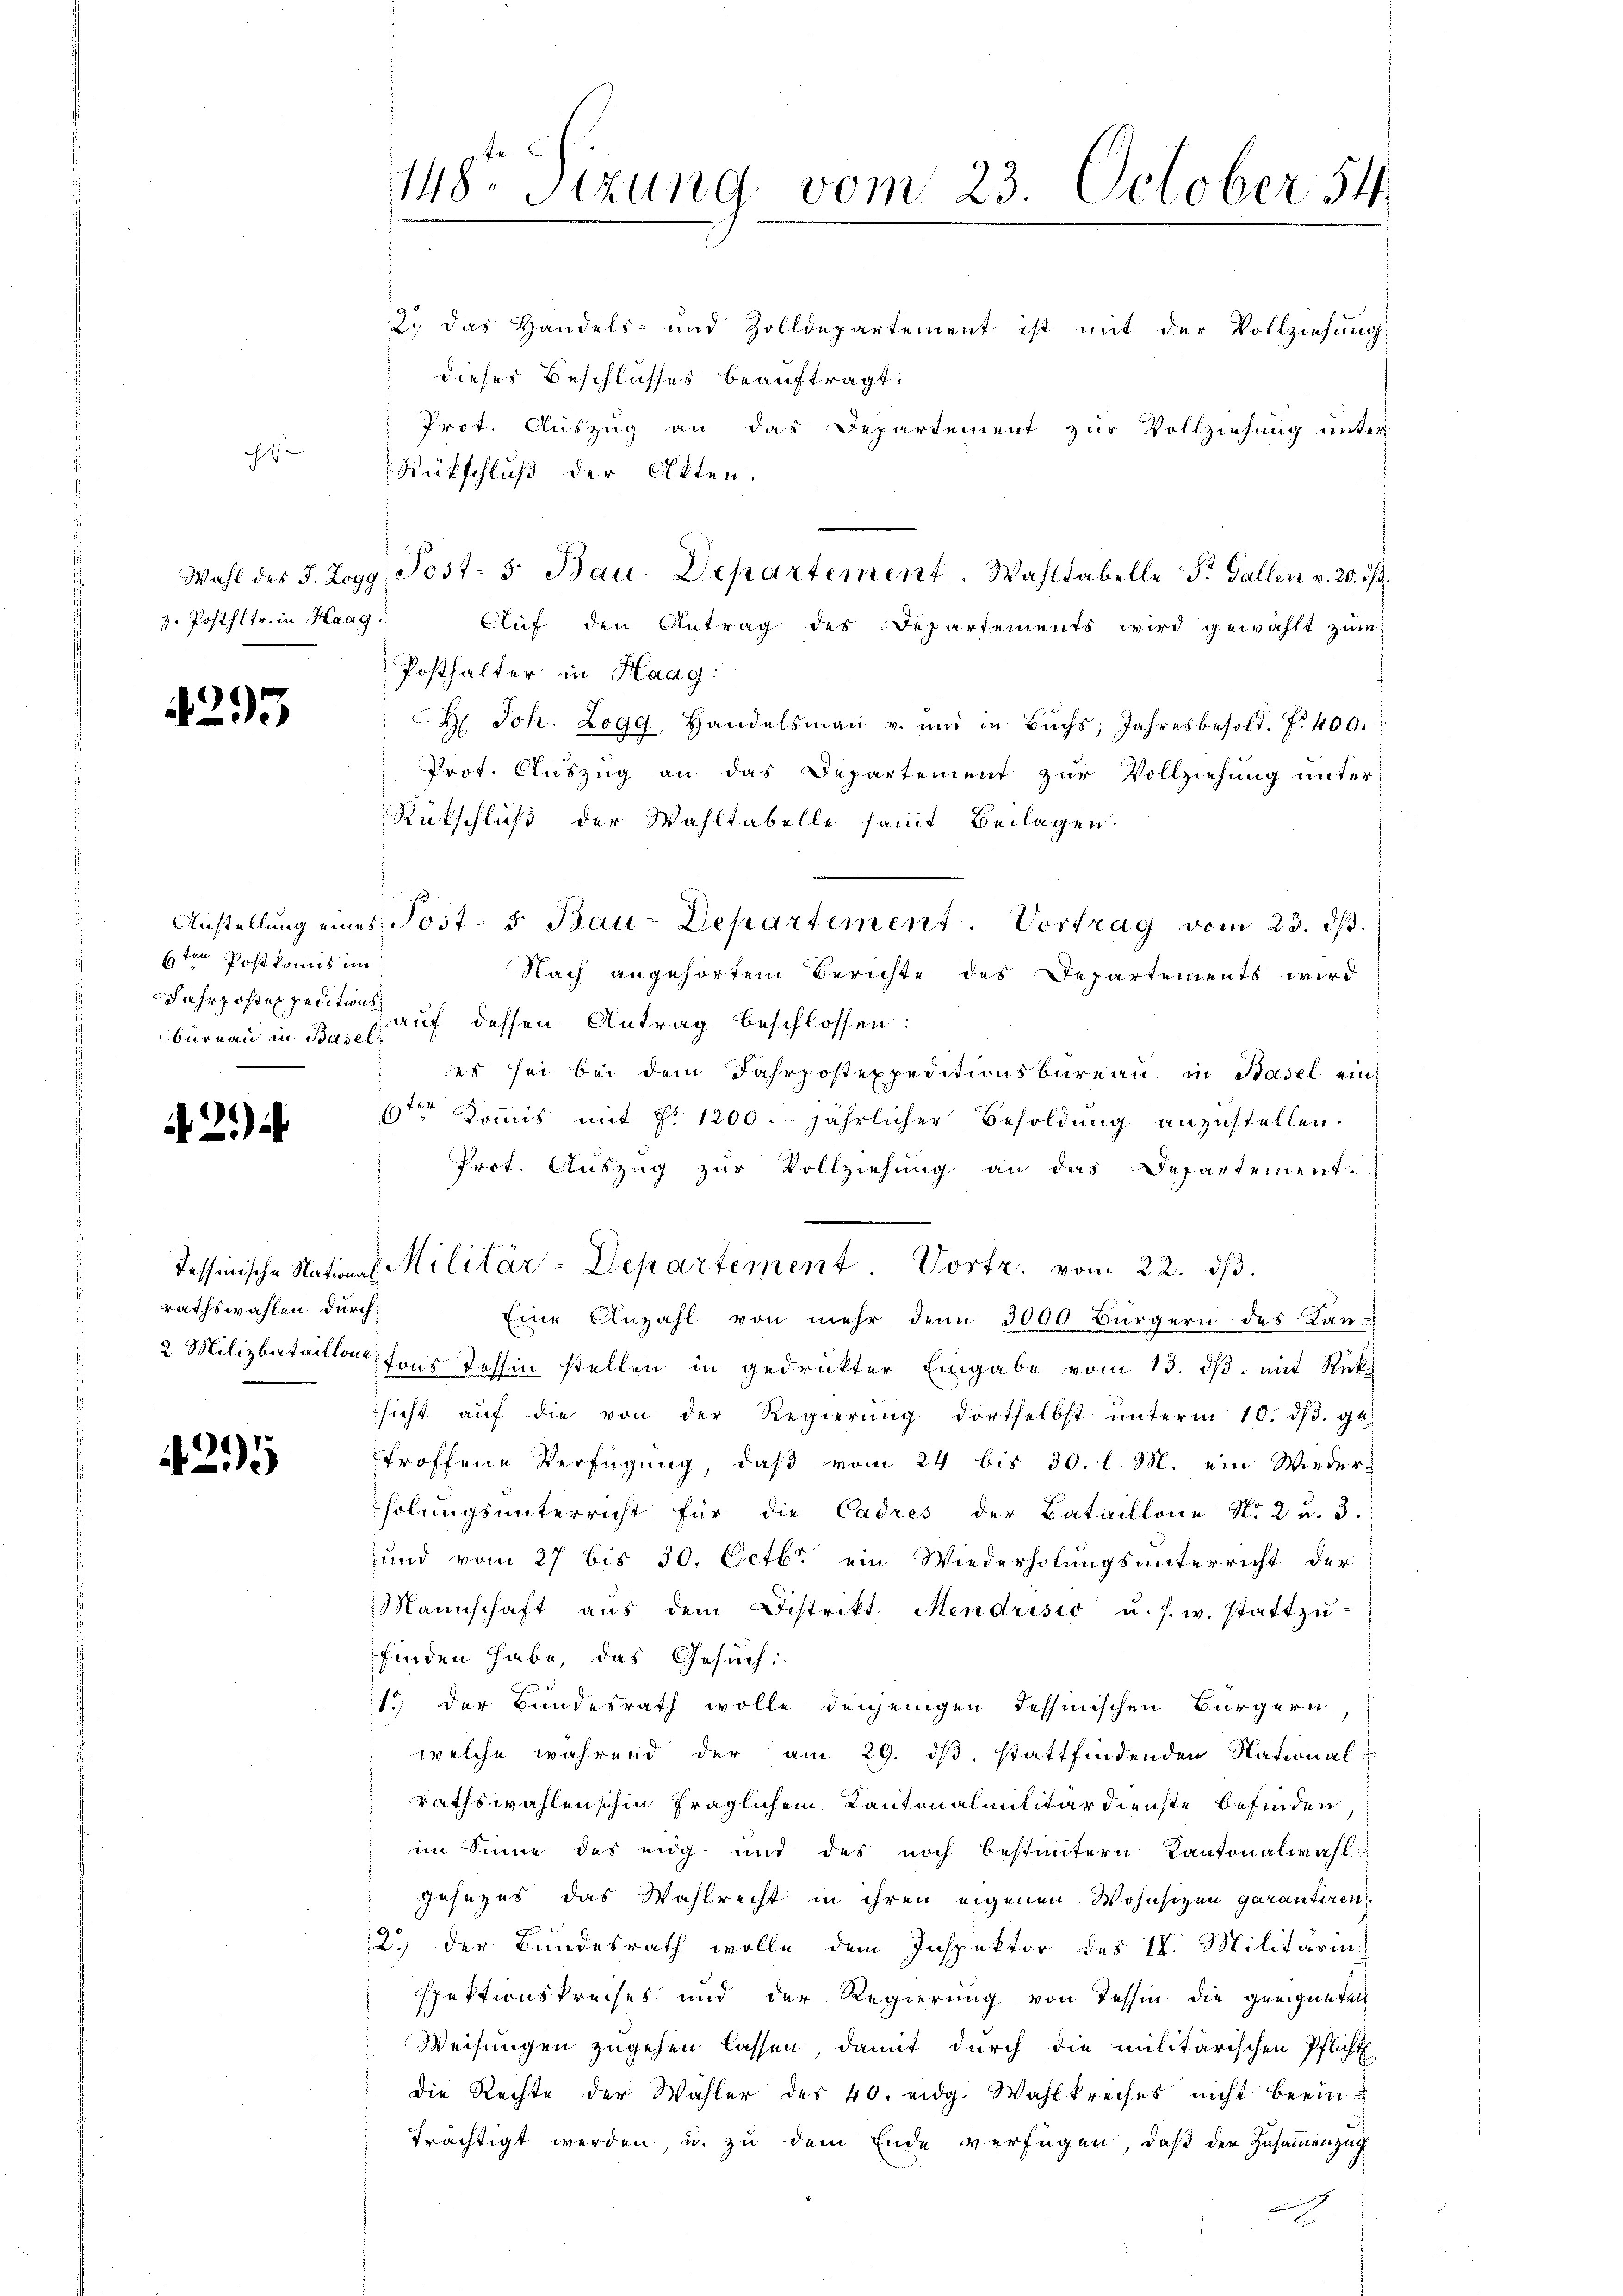
ch

z. Posthltr. in Haag

4293

6ten Postkomis im
Fahrposten peditions¬

A 2.)

rathswahlen durch

25

2.) Das Handels- und Zolldepartement ist mit der Vollziehung
dieses Beschlusses beauftragt.
Prot. Auszug an das Departement zur Vollziehung unter

148 Sizung vom 23. October 54

Rückschluß der Akten.
Aŭf den Antrag des Departements wird gewählt zŭm
Posthalter in Haag:
H. Joh. Zogg, Handelsmaṅ u. und in Buchs Jahresbesold. . 400.
Prot. Auszug an das Departement zur Vollziehung unter-
Rückschluß der Wahltabelle samt Beilagen.
Anstellung eines Post- 5. Bau-Departement. Vortrag vom 23. ds.
Nach angehörtem Berichte des Departements wird
büreau in 3 l. auf dessen Antrag beschlossen:
es sei bei dem Fahrpostexpeditionsbüreau in Basel ein
19ten Koṁis mit fr. 1200. jährlicher Besoldŭng anzŭstellen.
Prot. Auszug zur Vollziehung an das Departement-
Tessinische Nationes Militär-Departement Vortr. vom 22. dβ.
Eine Anzahl von mehr den 3000 Bürgern des Kan-
2 Milizbataillon fons Tessin stellen in gedrückter Eingabe vom 13. ds. mit Rücksicht aŭf die von der Regierŭng dortselbst ŭnterm 10. dβ. gl.
troffene Verfügŭng, daβ vom 24 bis 30. l. M. ein Wieder-
holungsunterricht für die Cadres der Bataillone No 2 u. 3.
und vom 27 bis 30. Octbr ein Wiederholungsunterricht der
Mannschaft aŭs dem Distrikt. Mendrisio u. s. w. stattzu-
finden habe, das Gesuch:
1.) Der Bundesrath wolle denjenigen Tessinischen Bürgern
welche während der am 29. ds. stattfindenden National-
rathswahlen schin fraglichem Kantonalmilitärdienste befinden
im Sinne des enig und des noch bestimmtern Kantonalwahl-
gesezes das Wahlrecht in ihren eigenen Wohnsizen garantiren
12.) der Bundesrath wolle dem Inspektor des IV. Militaria
spektionskreises und der Regierung von Tessin die geeigneten
Weisungen zugehen lassen, damit durch die militärischen Pflicht
die Rechte der Wahler des 40. eidg. Wahlkreises nicht beeinträchtigt werden, u. zu dem Ende verfügen, daß der Zusammenzug

Wahl des J. Zogg Post- 5. Bau-Departement. Wahltabelle St. Gallen v. 20. ds.